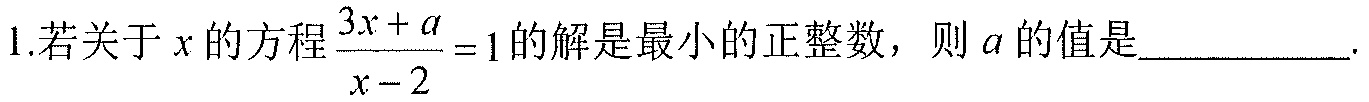
1.若关于\(x\)的方程\(\frac{3x + a}{x - 2}=1\)的解是最小的正整数，则\(a\)的值是__________.